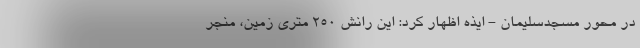
در محور مسجدسلیمان - ایذه اظهار کرد: این رانش ۲۵۰ متری زمین، منجر